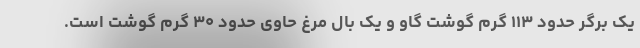
یک برگر حدود ۱۱۳ گرم گوشت گاو و یک بال مرغ حاوی حدود ۳۰ گرم گوشت است.